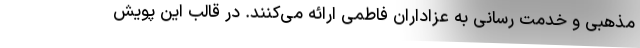
مذهبی و خدمت ‌رسانی به عزاداران فاطمی ارائه می‌کنند. در قالب این پویش